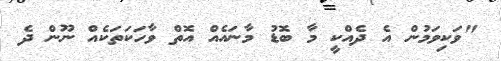
"ވަކިވަމުން އެ ދެއްކީ މާ ބޮޑު މާނައެއް އޮތް ވާހަކަތަކެއް ނޫން ދެ